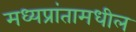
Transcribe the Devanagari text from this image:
मध्यप्रांतामधील